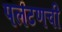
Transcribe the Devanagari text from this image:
पलटणची